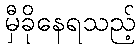
မှီခိုနေရသည့်